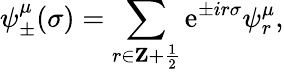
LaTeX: \psi_{\pm}^{\mu}(\sigma)=\sum_{r\in{\mathbf Z}+{\frac{1}{2}}}\mathrm{e}^{\pm ir\sigma}\psi_{r}^{\mu},